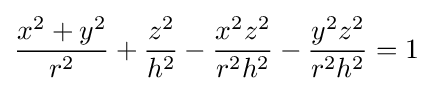
{\frac {x^{2}+y^{2}}{r^{2}}}+{\frac {z^{2}}{h^{2}}}-{\frac {x^{2}z^{2}}{r^{2}h^{2}}}-{\frac {y^{2}z^{2}}{r^{2}h^{2}}}=1